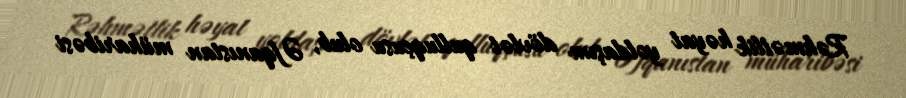
Rəhmətlik həyat yoldaşım dövlət qulluqçusu olub, Əfqanıstan müharibəsi